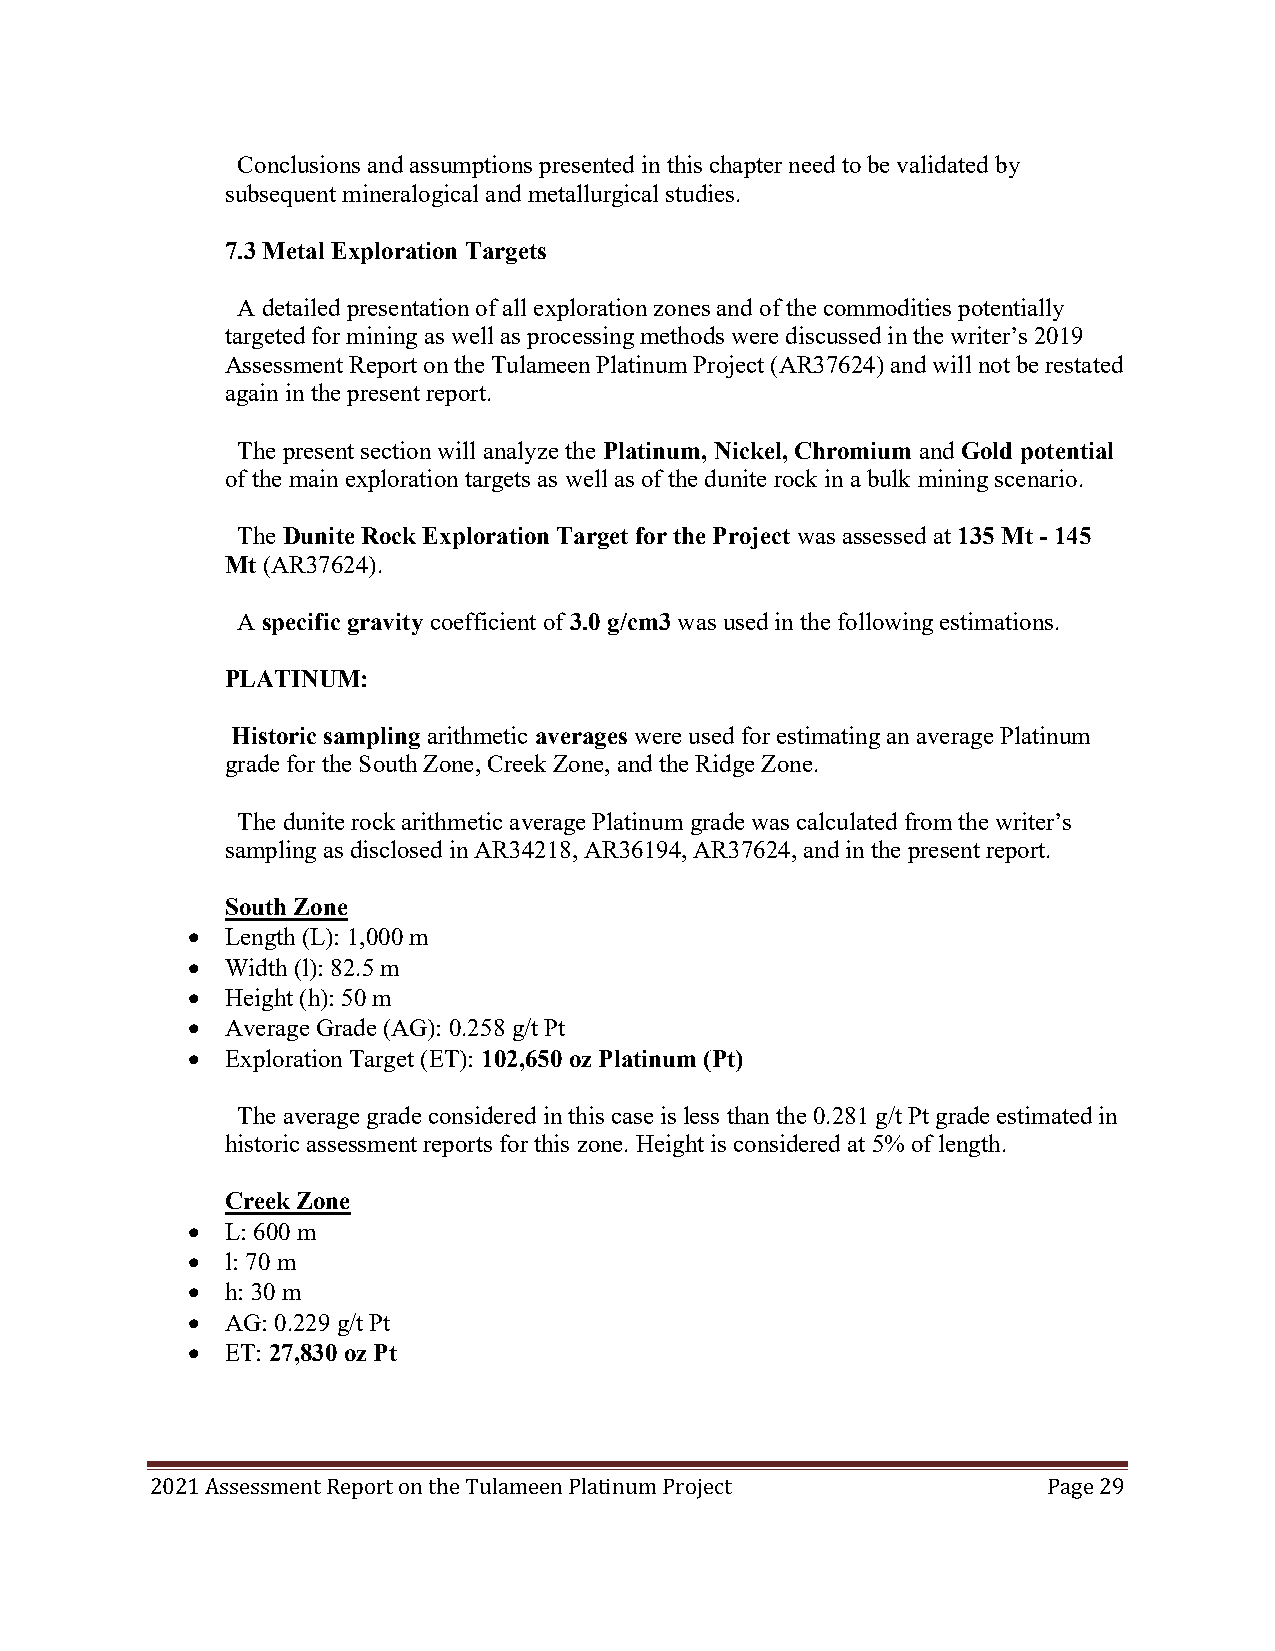
Conclusions and assumptions presented in this chapter need to be validated by
 subsequent mineralogical and metallurgical studies.
 7.3 Metal Exploration Targets
 A detailed presentation of all exploration zones and of the commodities potentially
 targeted for mining as well as processing methods were discussed in the writer’s 2019
 Assessment Report on the Tulameen Platinum Project (AR37624) and will not be restated
 again in the present report.
 The present section will analyze the Platinum, Nickel, Chromium and Gold potential
 of the main exploration targets as well as of the dunite rock in a bulk mining scenario.
 The Dunite Rock Exploration Target for the Project was assessed at 135 Mt - 145
 Mt (AR37624).
 A specific gravity coefficient of 3.0 g/cm3 was used in the following estimations.
 PLATINUM:
 Historic sampling arithmetic averages were used for estimating an average Platinum
 grade for the South Zone, Creek Zone, and the Ridge Zone.
 The dunite rock arithmetic average Platinum grade was calculated from the writer’s
 sampling as disclosed in AR34218, AR36194, AR37624, and in the present report.
 South Zone
   Length (L): 1,000 m
   Width (l): 82.5 m
   Height (h): 50 m
   Average Grade (AG): 0.258 g/t Pt
   Exploration Target (ET): 102,650 oz Platinum (Pt)
 The average grade considered in this case is less than the 0.281 g/t Pt grade estimated in
 historic assessment reports for this zone. Height is considered at 5% of length.
 Creek Zone
   L: 600 m
   l: 70 m
   h: 30 m
   AG: 0.229 g/t Pt
   ET: 27,830 oz Pt
 2021 Assessment Report on the Tulameen Platinum Project    Page 29